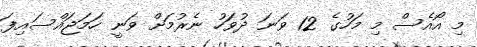
މި އޯއެސް މި މަހުގެ 12 ވަނަ ދުވަހު ނެރުމަށް ވަނީ ހަމަޖައްސައިފަ